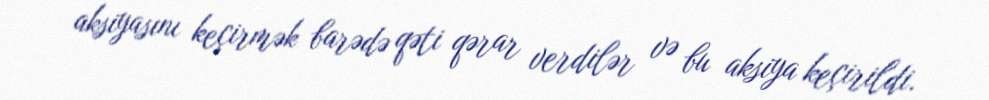
aksiyasını keçirmək barədə qəti qərar verdilər və bu aksiya keçirildi.